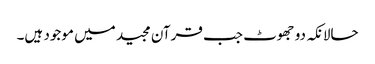
حالانکہ دو جھوٹ جب قرآن مجید میں موجود ہیں۔